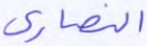
النصارى